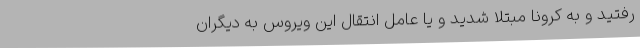
رفتید و به کرونا مبتلا شدید و یا عامل انتقال این ویروس به دیگران